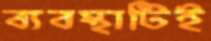
ব্যবস্থাটিই